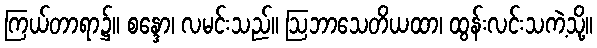
ကြယ်တာရာ၌။ စန္ဒော၊ လမင်းသည်။ ဩဘာသေတိယထာ၊ ထွန်းလင်းသကဲ့သို့။